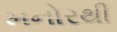
મનોરથી